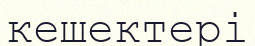
кешектері